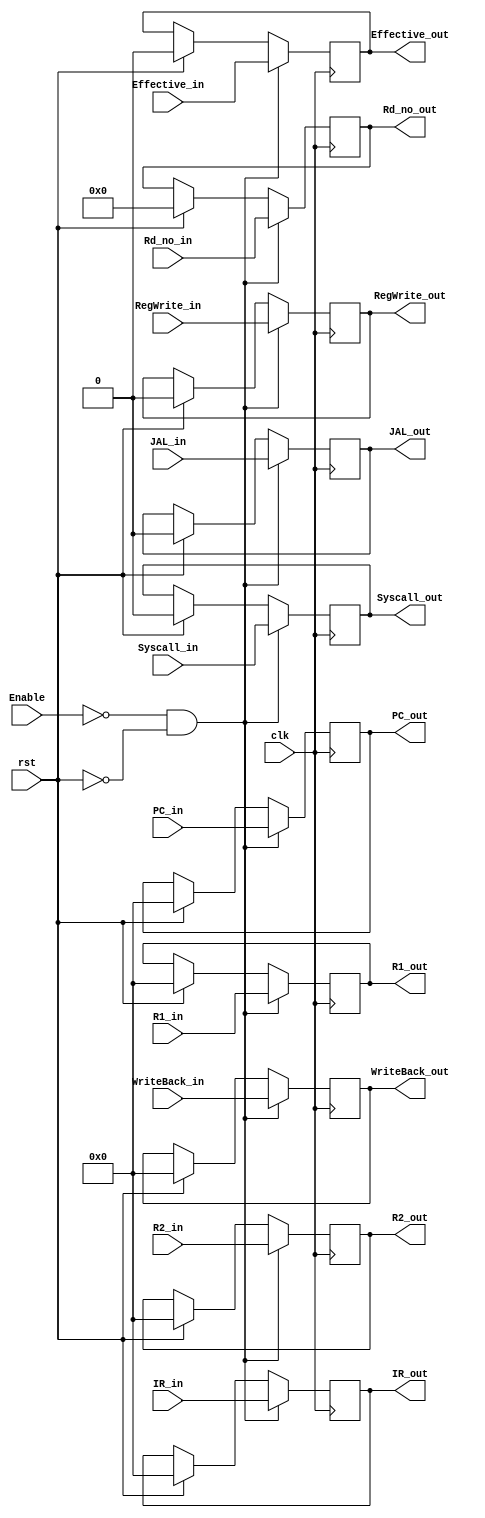
`timescale 1ns / 1ps
//////////////////////////////////////////////////////////////////////////////////
// Company: 
// Engineer: 
// 
// Design Name: 
// Module Name: MEM_WB
// Project Name: 
// Target Devices: 
// Tool Versions: 
// Description: 
// 
// Dependencies: 
// 
// Revision:
// Revision 0.01 - File Created
// Additional Comments:
// 
//////////////////////////////////////////////////////////////////////////////////


module MEM_WB(
    //input
    input clk,  //
    input Enable,   // 1
    input rst,  //0()
    input Effective_in,     //
    input [31:0]IR_in,      //IR
    input [31:0]PC_in,      //PC
    input Syscall_in,       //Syscall
    input JAL_in,           //JAL
    input RegWrite_in,      //RegWrite
    input [31:0]WriteBack_in,      //WriteBack
    input [31:0]R1_in,              //R1
    input [31:0]R2_in,              //R2
    input [4:0]Rd_no_in,            //Rd
    //output
    output reg Effective_out,
    output reg [31:0]IR_out,
    output reg [31:0]PC_out,
    output reg Syscall_out,
    output reg JAL_out,
    output reg RegWrite_out,
    output reg [31:0]WriteBack_out,
    output reg [31:0]R1_out,
    output reg [31:0]R2_out,
    output reg [4:0]Rd_no_out

    );
   
    initial begin
    Effective_out=0;
    IR_out=0;
    PC_out=0;
    Syscall_out=0;
    JAL_out=0;
    RegWrite_out=0;
    WriteBack_out=0;
    R1_out=0;
    R2_out=0;
    Rd_no_out=0;
    end
    
    
    always@ (posedge clk) begin
        if (!Enable && !rst) begin      //0
        Effective_out=Effective_in;
        IR_out=IR_in;
        PC_out=PC_in;
        Syscall_out=Syscall_in;
        JAL_out=JAL_in;
        RegWrite_out=RegWrite_in;
        WriteBack_out=WriteBack_in;
        R1_out=R1_in;
        R2_out=R2_in;
        Rd_no_out=Rd_no_in;
        end
        else if (rst) begin     //0()
        Effective_out=0;
        IR_out=0;
        PC_out=0;
        Syscall_out=0;
        JAL_out=0;
        RegWrite_out=0;
        WriteBack_out=0;
        R1_out=0;
        R2_out=0;
        Rd_no_out=0;
        end
    end
    
    
    
endmodule